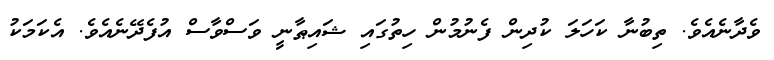
ވެދާނެއެވެ. ތިބުނާ ކަހަލަ ކުދިން ފެނުމުން ހިތުގައި ޝައިޠާނީ ވަސްވާސް އުފެދޭނެއެވެ. އެކަމަކު